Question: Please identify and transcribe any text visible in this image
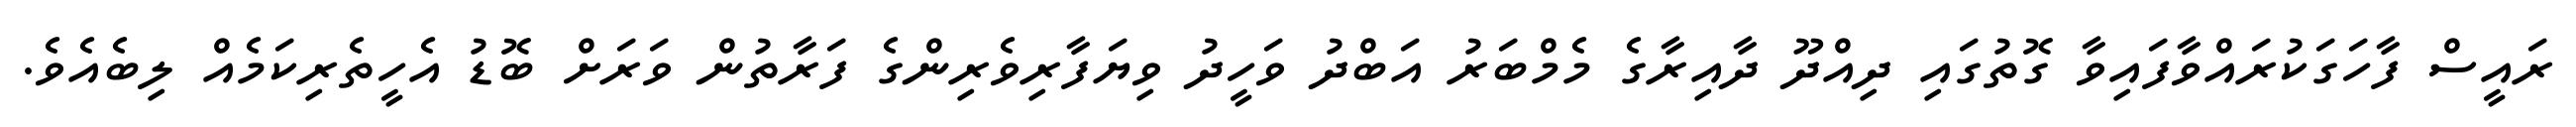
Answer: ރައީސް ފާހަގަކުރައްވާފައިވާ ގޮތުގައި ދިއްދޫ ދާއިރާގެ މެމްބަރު އަބްދު ވަހީދު ވިޔަފާރިވެރިންގެ ފަރާތުން ވަރަށް ބޮޑު އެހީތެރިކަމެއް ލިބެއެވެ.